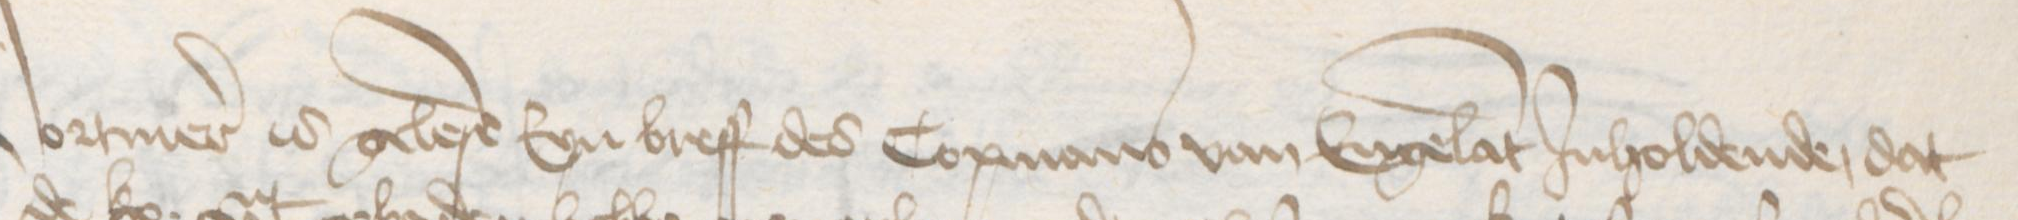
Vormer is gelese Eyn breff des Copmans van Engelant Jnholdende, dat